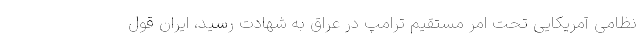
نظامی آمریکایی تحت امر مستقیم ترامپ در عراق به شهادت رسید، ایران قول